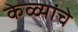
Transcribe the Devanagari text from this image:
केळ्यांचे